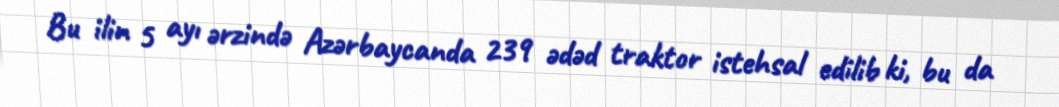
Bu ilin 5 ayı ərzində Azərbaycanda 239 ədəd traktor istehsal edilib ki, bu da